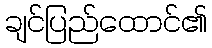
ချင်ပြည်ထောင်၏